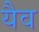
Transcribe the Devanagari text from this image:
यैव